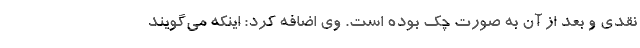
نقدی و بعد از آن به صورت چک بوده است. وی اضافه کرد: اینکه می‌گویند